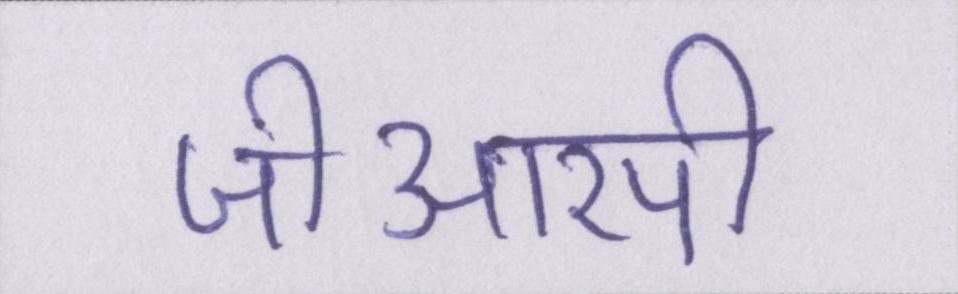
जीआरपी